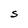
Character: S